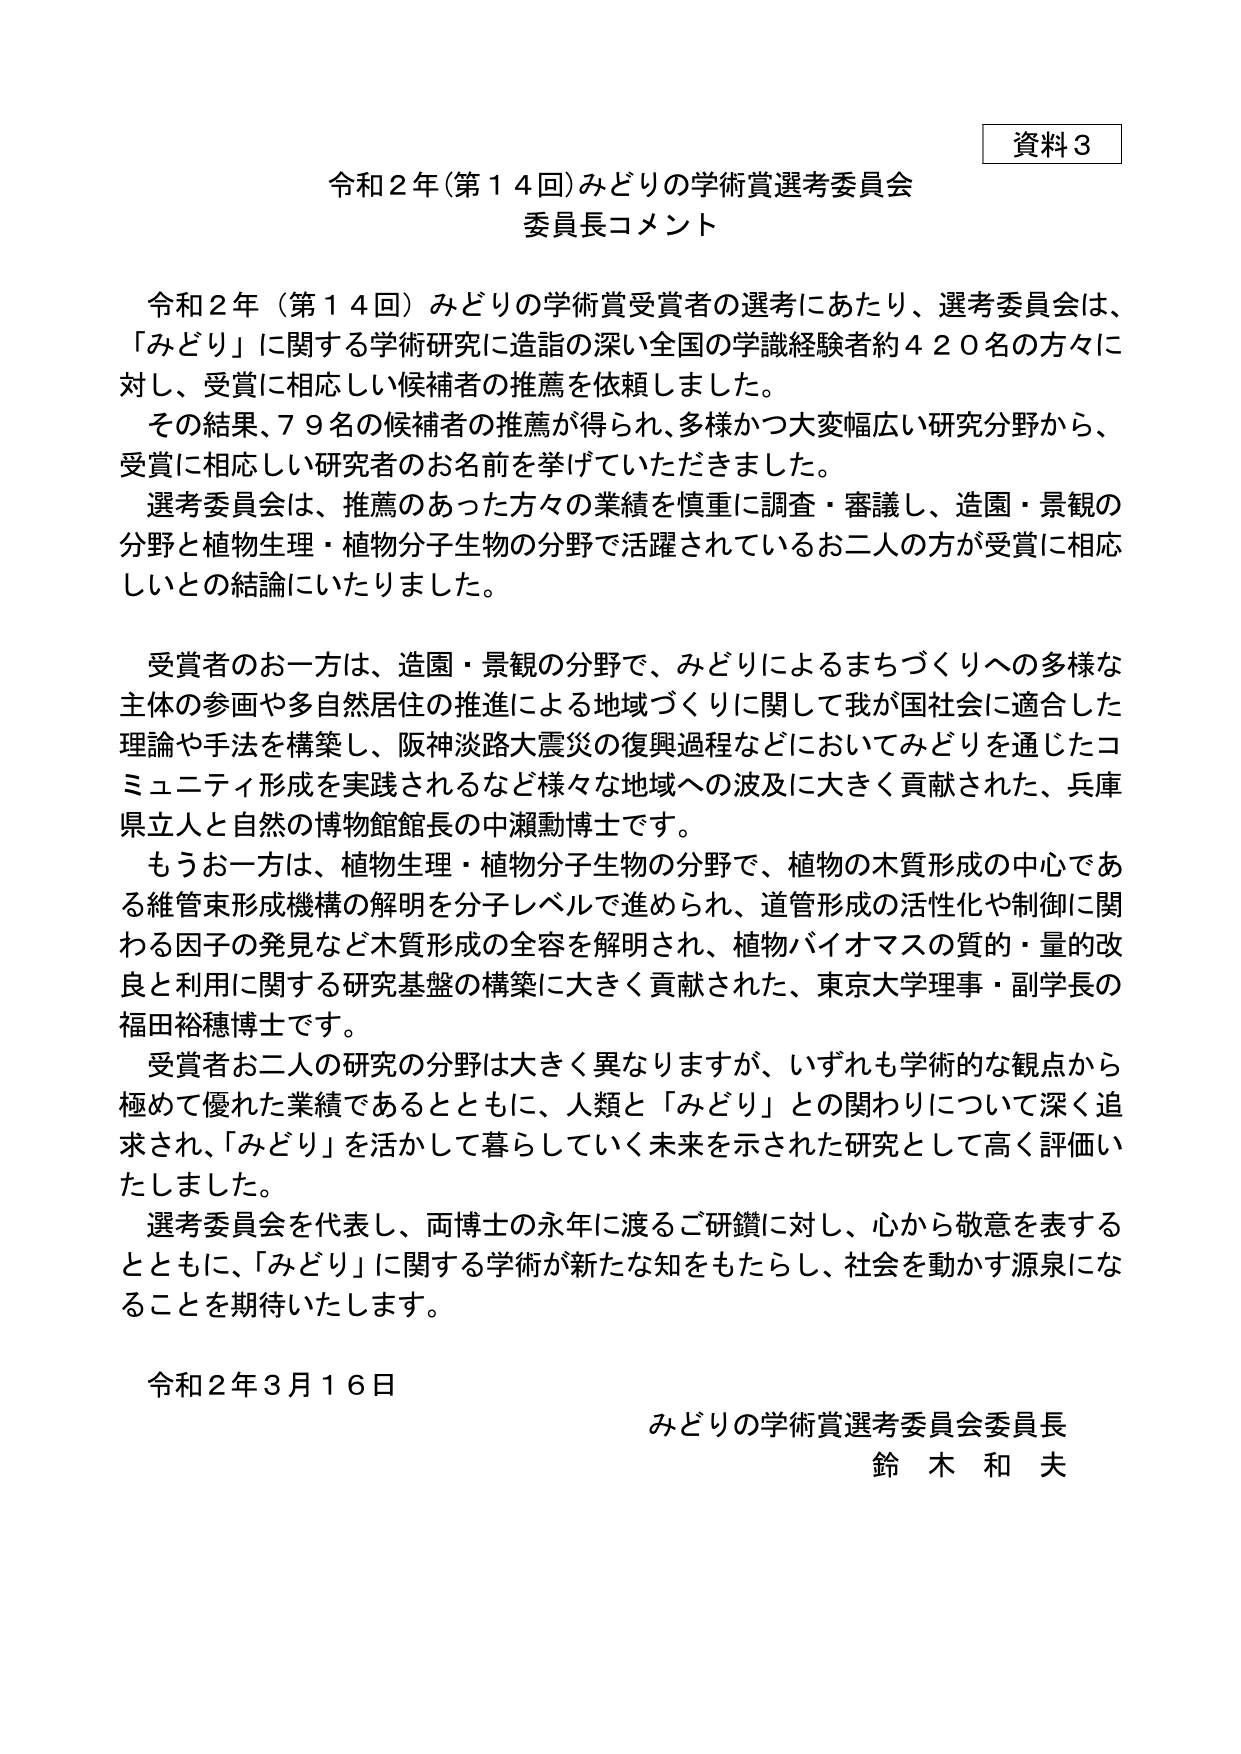
資料３

令和２年（第１４回）みどりの学術賞選考委員会
委員長コメント

令和２年（第１４回）みどりの学術賞受賞者の選考にあたり、選考委員会は、「みどり」に関する学術研究に造詣の深い全国の学識経験者約４２０名の方々に対し、受賞に相応しい候補者の推薦を依頼しました。

その結果、７９名の候補者の推薦が得られ、多様かつ大変幅広い研究分野から、受賞に相応しい研究者のお名前を挙げていただきました。

選考委員会は、推薦のあった方々の業績を慎重に調査・審議し、造園・景観の分野と植物生理・植物分子生物の分野で活躍されているお二人の方が受賞に相応しいとの結論にいたりました。

受賞者のお一方は、造園・景観の分野で、みどりによるまちづくりへの多様な主体の参画や多自然居住の推進による地域づくりに関して我が国社会に適合した理論や手法を構築し、阪神淡路大震災の復興過程などにおいてみどりを通じたコミュニティ形成を実践されるなど様々な地域への波及に大きく貢献された、兵庫県立人と自然の博物館館長の中瀬勳博士です。

もうお一方は、植物生理・植物分子生物の分野で、植物の木質形成の中心である維管束形成機構の解明を分子レベルで進められ、道管形成の活性化や制御に関わる因子の発見など木質形成の全容を解明され、植物バイオマスの質的・量的改良と利用に関する研究基盤の構築に大きく貢献された、東京大学理事・副学長の福田裕穂博士です。

受賞者お二人の研究の分野は大きく異なりますが、いずれも学術的な観点から極めて優れた業績であるとともに、人類と「みどり」との関わりについて深く追求され、「みどり」を活かして暮らしていく未来を示された研究として高く評価いたしました。

選考委員会を代表し、両博士の永年に渡るご研鑽に対し、心から敬意を表するとともに、「みどり」に関する学術が新たな知をもたらし、社会を動かす源泉になることを期待いたします。

令和２年３月１６日
みどりの学術賞選考委員会委員長
鈴木和夫